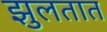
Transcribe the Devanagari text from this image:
झुलतात